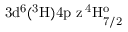
\mathrm { 3 d ^ { 6 } ( ^ { 3 } H ) 4 p \ z \, ^ { 4 } H _ { 7 / 2 } ^ { o } }